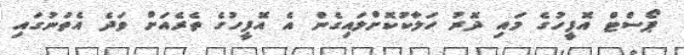
ޕޯސްޓް އޮފީހުގެ މައި ދޮރު ހަލާކުކޮށްލައިގެން އެ އޮފީހުގެ ތެރެއަށް ވަދެ އެތަނުގައި